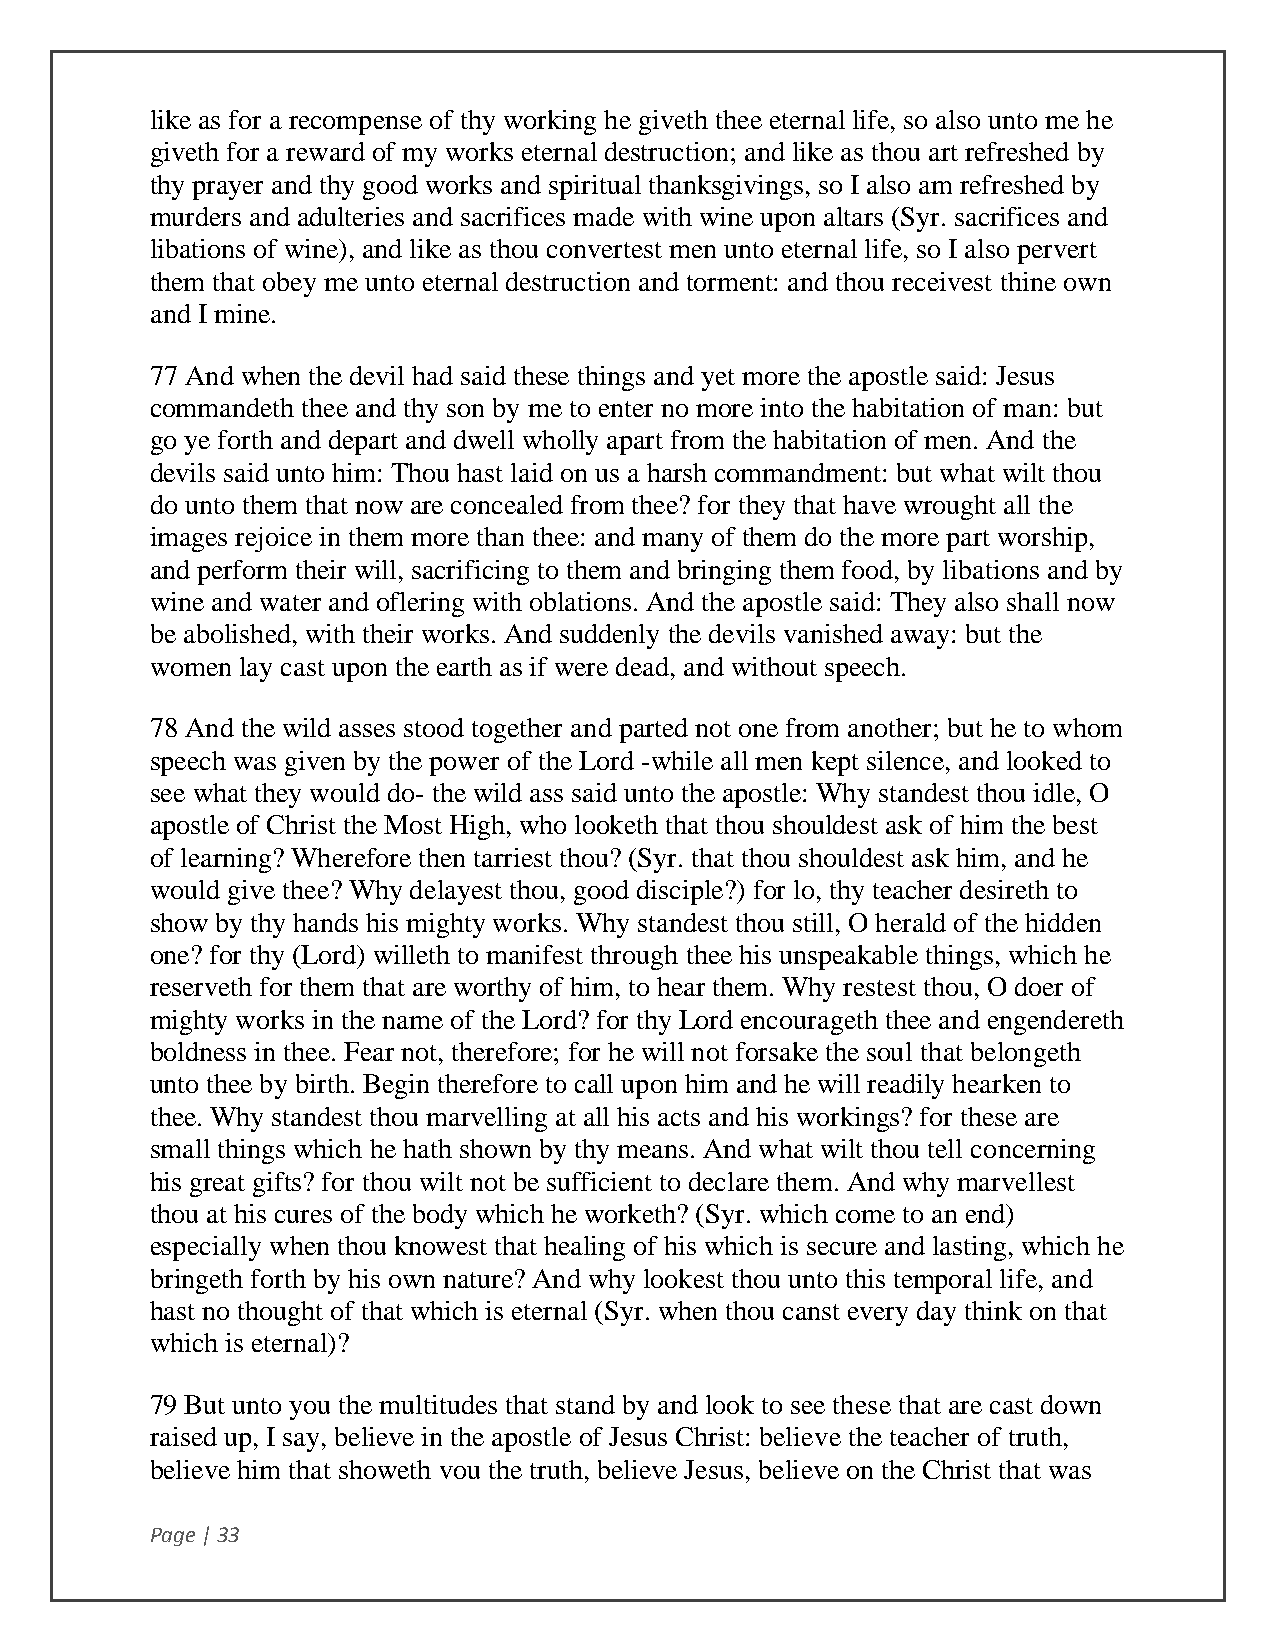
like as for a recompense of thy working he giveth thee eternal life, so also unto me he
 giveth for a reward of my works eternal destruction; and like as thou art refreshed by
 thy prayer and thy good works and spiritual thanksgivings, so I also am refreshed by
 murders and adulteries and sacrifices made with wine upon altars (Syr. sacrifices and
 libations of wine), and like as thou convertest men unto eternal life, so I also pervert
 them that obey me unto eternal destruction and torment: and thou receivest thine own
 and I mine.
 77 And when the devil had said these things and yet more the apostle said: Jesus
 commandeth thee and thy son by me to enter no more into the habitation of man: but
 go ye forth and depart and dwell wholly apart from the habitation of men. And the
 devils said unto him: Thou hast laid on us a harsh commandment: but what wilt thou
 do unto them that now are concealed from thee? for they that have wrought all the
 images rejoice in them more than thee: and many of them do the more part worship,
 and perform their will, sacrificing to them and bringing them food, by libations and by
 wine and water and oflering with oblations. And the apostle said: They also shall now
 be abolished, with their works. And suddenly the devils vanished away: but the
 women lay cast upon the earth as if were dead, and without speech.
 78 And the wild asses stood together and parted not one from another; but he to whom
 speech was given by the power of the Lord -while all men kept silence, and looked to
 see what they would do- the wild ass said unto the apostle: Why standest thou idle, O
 apostle of Christ the Most High, who looketh that thou shouldest ask of him the best
 of learning? Wherefore then tarriest thou? (Syr. that thou shouldest ask him, and he
 would give thee? Why delayest thou, good disciple?) for lo, thy teacher desireth to
 show by thy hands his mighty works. Why standest thou still, O herald of the hidden
 one? for thy (Lord) willeth to manifest through thee his unspeakable things, which he
 reserveth for them that are worthy of him, to hear them. Why restest thou, O doer of
 mighty works in the name of the Lord? for thy Lord encourageth thee and engendereth
 boldness in thee. Fear not, therefore; for he will not forsake the soul that belongeth
 unto thee by birth. Begin therefore to call upon him and he will readily hearken to
 thee. Why standest thou marvelling at all his acts and his workings? for these are
 small things which he hath shown by thy means. And what wilt thou tell concerning
 his great gifts? for thou wilt not be sufficient to declare them. And why marvellest
 thou at his cures of the body which he worketh? (Syr. which come to an end)
 especially when thou knowest that healing of his which is secure and lasting, which he
 bringeth forth by his own nature? And why lookest thou unto this temporal life, and
 hast no thought of that which is eternal (Syr. when thou canst every day think on that
 which is eternal)?
 79 But unto you the multitudes that stand by and look to see these that are cast down
 raised up, I say, believe in the apostle of Jesus Christ: believe the teacher of truth,
 believe him that showeth vou the truth, believe Jesus, believe on the Christ that was
 Page | 33